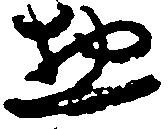
惣